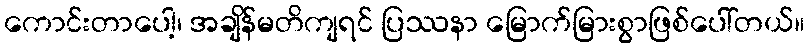
ကောင်းတာပေါ့၊ အချိန်မတိကျရင် ပြဿနာ မြောက်မြားစွာဖြစ်ပေါ်တယ်။